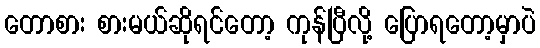
တောစား စားမယ်ဆိုရင်တော့ ကုန်ပြီလို့ ပြောရတော့မှာပဲ